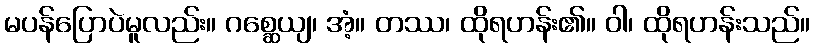
မပန်ပြောပဲမူလည်း။ ဂစ္ဆေယျ၊ အံ့။ တဿ၊ ထိုရဟန်း၏။ ဝါ၊ ထိုရဟန်းသည်။